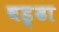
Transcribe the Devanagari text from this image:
वड्र्ढा